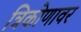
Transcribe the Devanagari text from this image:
त्रिकोणावर